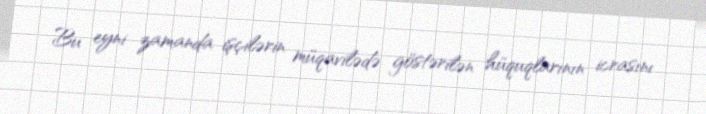
Bu eyni zamanda işçilərin müqavilədə göstərilən hüquqlarının icrasını